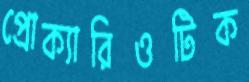
প্রোক্যারিওটিক